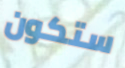
ستكون